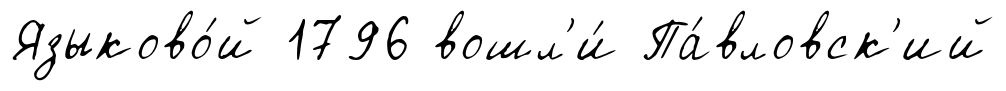
Языково́й 1796 вошл'и́ Па́вловск'ий